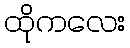
ထိုကလေး